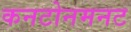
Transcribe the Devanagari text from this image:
कनटोनमनट